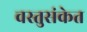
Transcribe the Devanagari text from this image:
वस्तुसंकेत